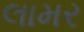
લામર